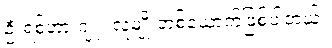
ဦးရစ်ဟာ ဂျူး လူမျိုးတစ်ယောက်ဖြစ်ပါတယ်။